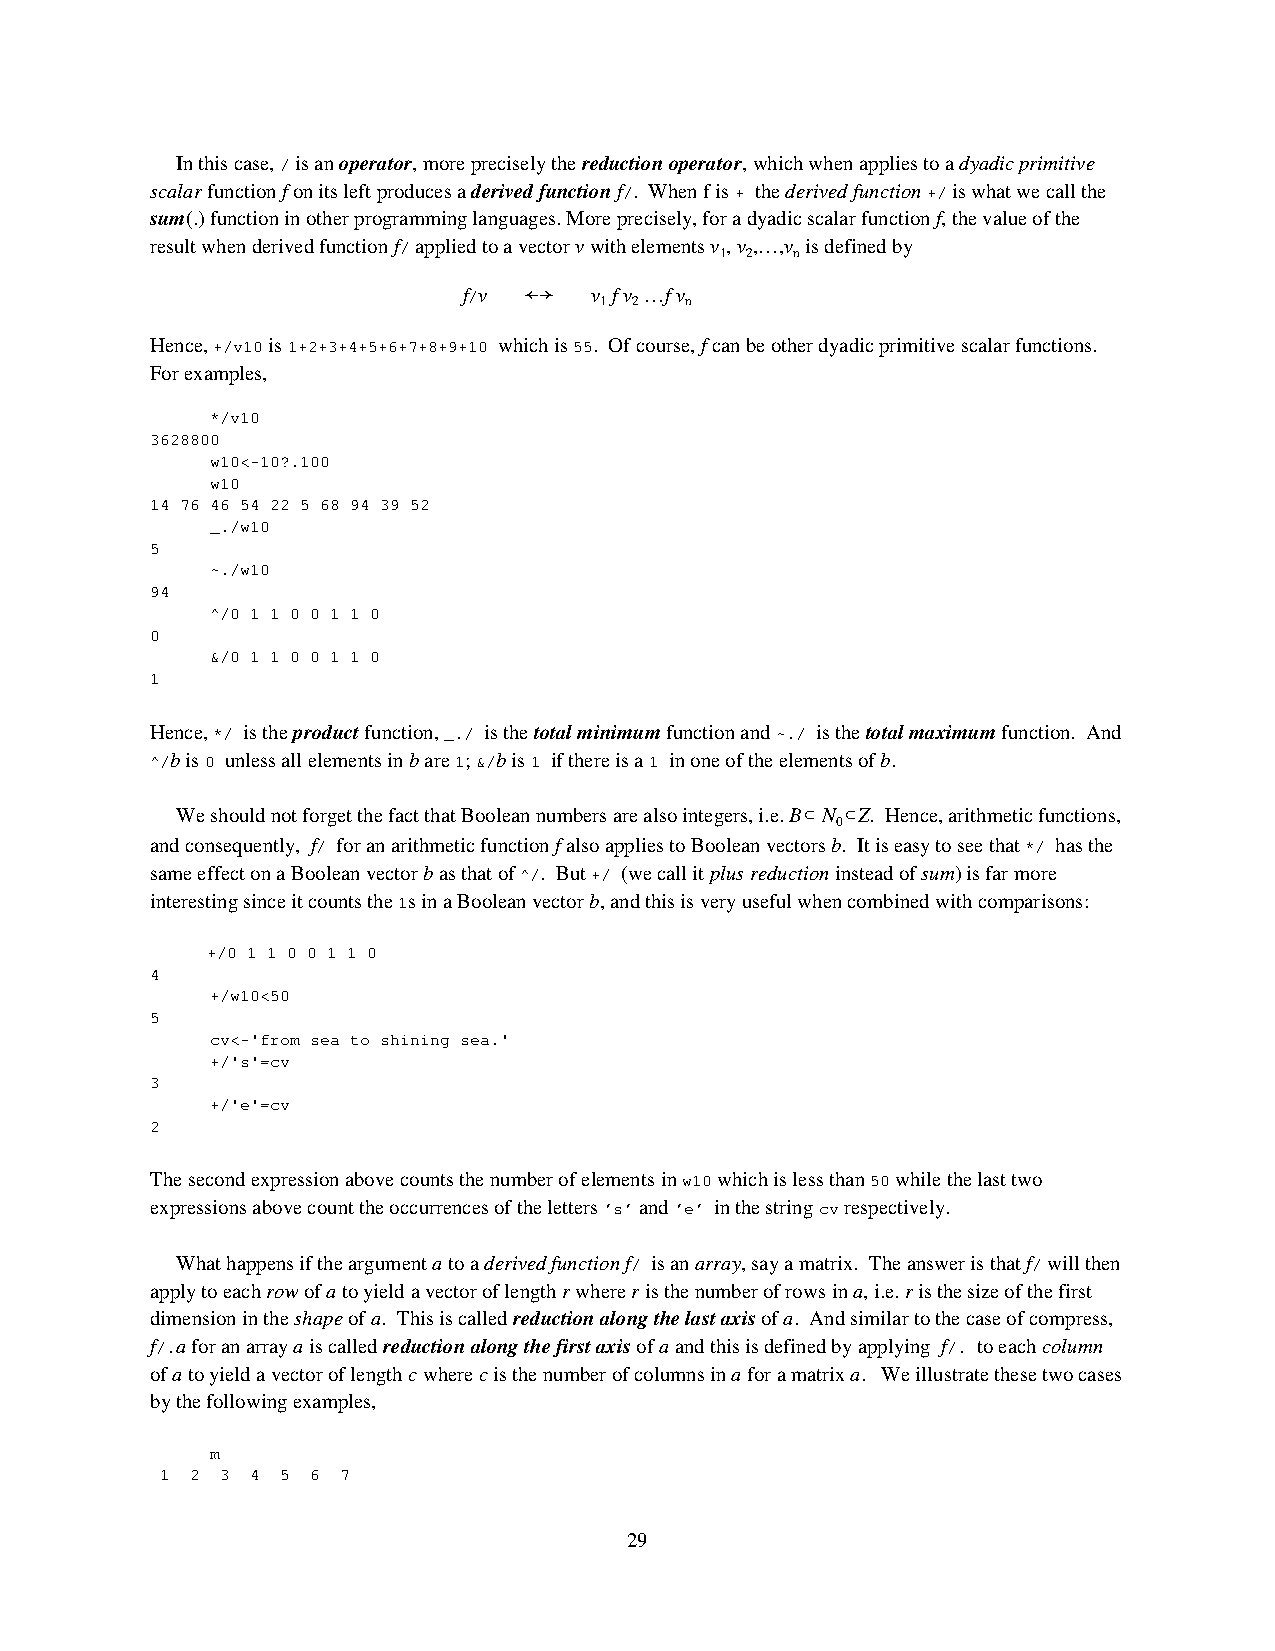
In this case, / is an operator, more precisely the reduction operator, which when applies to a dyadic primitive
 scalar function f on its left produces a derived function f/. When f is + the derived function +/ is what we call the
 sum(.) function in other programming languages. More precisely, for a dyadic scalar function f, the value of the
 result when derived function f/ applied to a vector v with elements v , v ,…,v is defined by
 1 2  n
 f/v ←→  v f v …f v
 1 2  n
 Hence, +/v10 is 1+2+3+4+5+6+7+8+9+10 which is 55. Of course, f can be other dyadic primitive scalar functions.
 For examples,
 */v10
 3628800
 w10<-10?.100
 w10
 14 76 46 54 22 5 68 94 39 52
 _./w10
 5
 ~./w10
 94
 ^/0 1 1 0 0 1 1 0
 0
 &/0 1 1 0 0 1 1 0
 1
 Hence, */ is the product function, _./ is the total minimum function and ~./ is the total maximum function. And
 ^/b is 0 unless all elements in b are 1; &/b is 1 if there is a 1 in one of the elements of b.
 We should not forget the fact that Boolean numbers are also integers, i.e. B⊂ N ⊂Z. Hence, arithmetic functions,
 0
 and consequently, f/ for an arithmetic function f also applies to Boolean vectors b. It is easy to see that */ has the
 same effect on a Boolean vector b as that of ^/. But +/ (we call it plus reduction instead of sum) is far more
 interesting since it counts the 1s in a Boolean vector b, and this is very useful when combined with comparisons:
 +/0 1 1 0 0 1 1 0
 4
 +/w10<50
 5
 cv<-'from sea to shining sea.'
 +/'s'=cv
 3
 +/'e'=cv
 2
 The second expression above counts the number of elements in w10 which is less than 50 while the last two
 expressions above count the occurrences of the letters ’s’ and ’e’ in the string cv respectively.
 What happens if the argument a to a derived function f/ is an array, say a matrix. The answer is that f/ will then
 apply to each row of a to yield a vector of length r where r is the number of rows in a, i.e. r is the size of the first
 dimension in the shape of a. This is called reduction along the last axis of a. And similar to the case of compress,
 f/.a for an array a is called reduction along the first axis of a and this is defined by applying f/. to each column
 of a to yield a vector of length c where c is the number of columns in a for a matrix a. We illustrate these two cases
 by the following examples,
 m
 1 2 3 4 5 6 7
 29